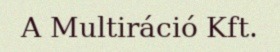
A Multiráció Kft.